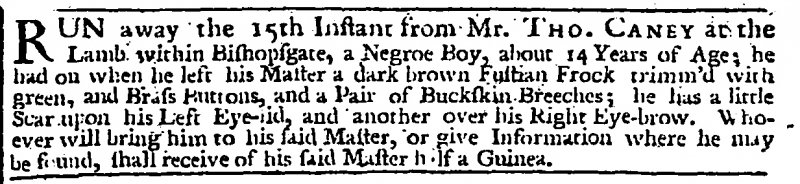
London Evening Post, 27 May 1731 (England)
RUN away the 15th Instant from Mr. THO. CANEY at the Lamb within Bishopgate, a Negroe Boy, about 14 Years of Age; he had on when he left his Master a dark brown Fustian Frock trimm’d with green, and Brass Buttons, and a Pair of Buckskin Breeches; he has a little Scar upon his Left Eye-lid, and another over his Right Eye-brow. Whoever will bring him to his said Master, or give Information where he may be found, shall receive of his said Master half a Guinea.